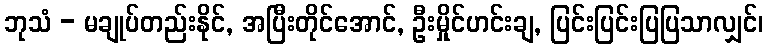
ဘုသံ - မချုပ်တည်းနိုင်, အပြီးတိုင်အောင်, ဦးမှိုင်ဟင်းချ, ပြင်းပြင်းပြပြသာလျှင်၊